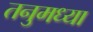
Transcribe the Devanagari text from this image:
तनुमध्या